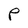
Character: P